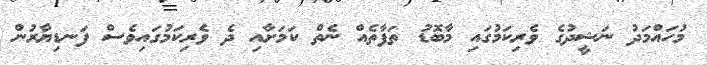
މުހައްމަދު ނަޝީދުގެ ވެރިކަމުގައި މާބޮޑު ތަފާތެއް ނެތް ކަމަށާއި ދެ ވެރިކަމުގައިވެސް ފަނޑިޔާރުން